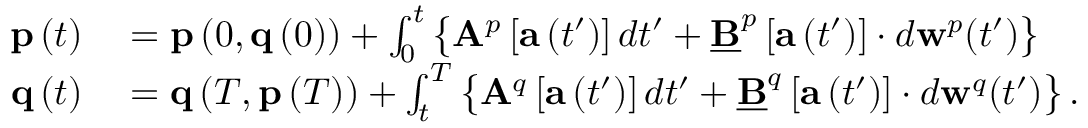
\begin{array} { r l } { \mathbf { p } \left( t \right) } & { { } = \mathbf { p } \left( 0 , \mathbf { q } \left( 0 \right) \right) + \int _ { 0 } ^ { t } \left\{ \mathbf { A } ^ { p } \left[ \mathbf { a } \left( t ^ { \prime } \right) \right] d t ^ { \prime } + \underline { { \mathbf { B } } } ^ { p } \left[ \mathbf { a } \left( t ^ { \prime } \right) \right] \cdot d \mathbf { w } ^ { p } ( t ^ { \prime } ) \right\} } \\ { \mathbf { q } \left( t \right) } & { { } = \mathbf { q } \left( T , \mathbf { p } \left( T \right) \right) + \int _ { t } ^ { T } \left\{ \mathbf { A } ^ { q } \left[ \mathbf { a } \left( t ^ { \prime } \right) \right] d t ^ { \prime } + \underline { { \mathbf { B } } } ^ { q } \left[ \mathbf { a } \left( t ^ { \prime } \right) \right] \cdot d \mathbf { w } ^ { q } ( t ^ { \prime } ) \right\} . } \end{array}